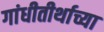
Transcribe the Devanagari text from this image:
गांधीतीर्थाच्या